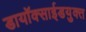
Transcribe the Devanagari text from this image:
डायॉक्साईडयुक्त